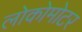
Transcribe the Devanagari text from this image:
लोकोमोटर